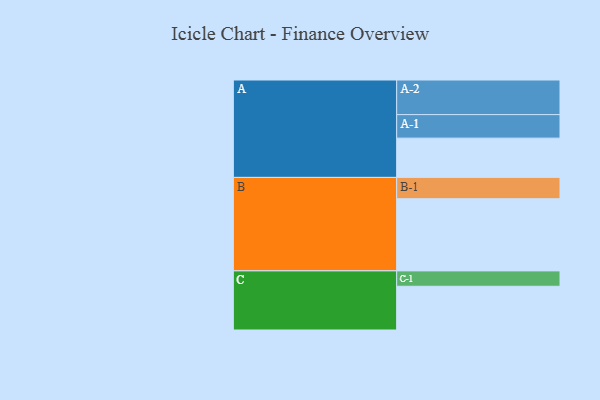
{"axis": {"x": "Segment", "y": "Value"}, "legend": ["", "A", "B", "C"], "data": [{"x": "A", "y": 319, "type": ""}, {"x": "B", "y": 586, "type": ""}, {"x": "C", "y": 355, "type": ""}, {"x": "A-1", "y": 191, "type": "A"}, {"x": "A-2", "y": 281, "type": "A"}, {"x": "B-1", "y": 173, "type": "B"}, {"x": "C-1", "y": 125, "type": "C"}]}